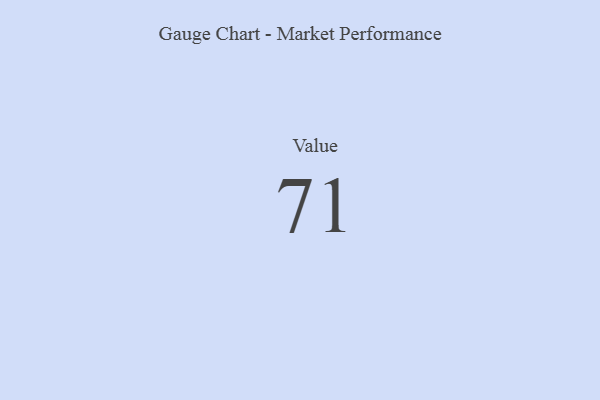
{"axis": {"x": "Metric", "y": "Value"}, "legend": [""], "data": [{"x": "Value", "y": 71, "type": ""}]}